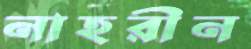
নাহরীন